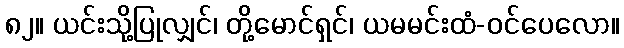
၈၂။ ယင်းသို့ပြုလျှင်၊ တို့မောင်ရှင်၊ ယမမင်းထံ-ဝင်ပေလော။